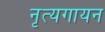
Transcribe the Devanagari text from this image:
नृत्यगायन